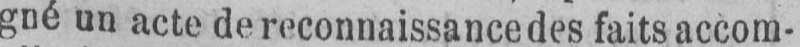
gné un acte de reconnaissance des faits accom-